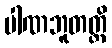
ပါဏဘူတတ္ထိ